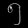
Digit: ၅